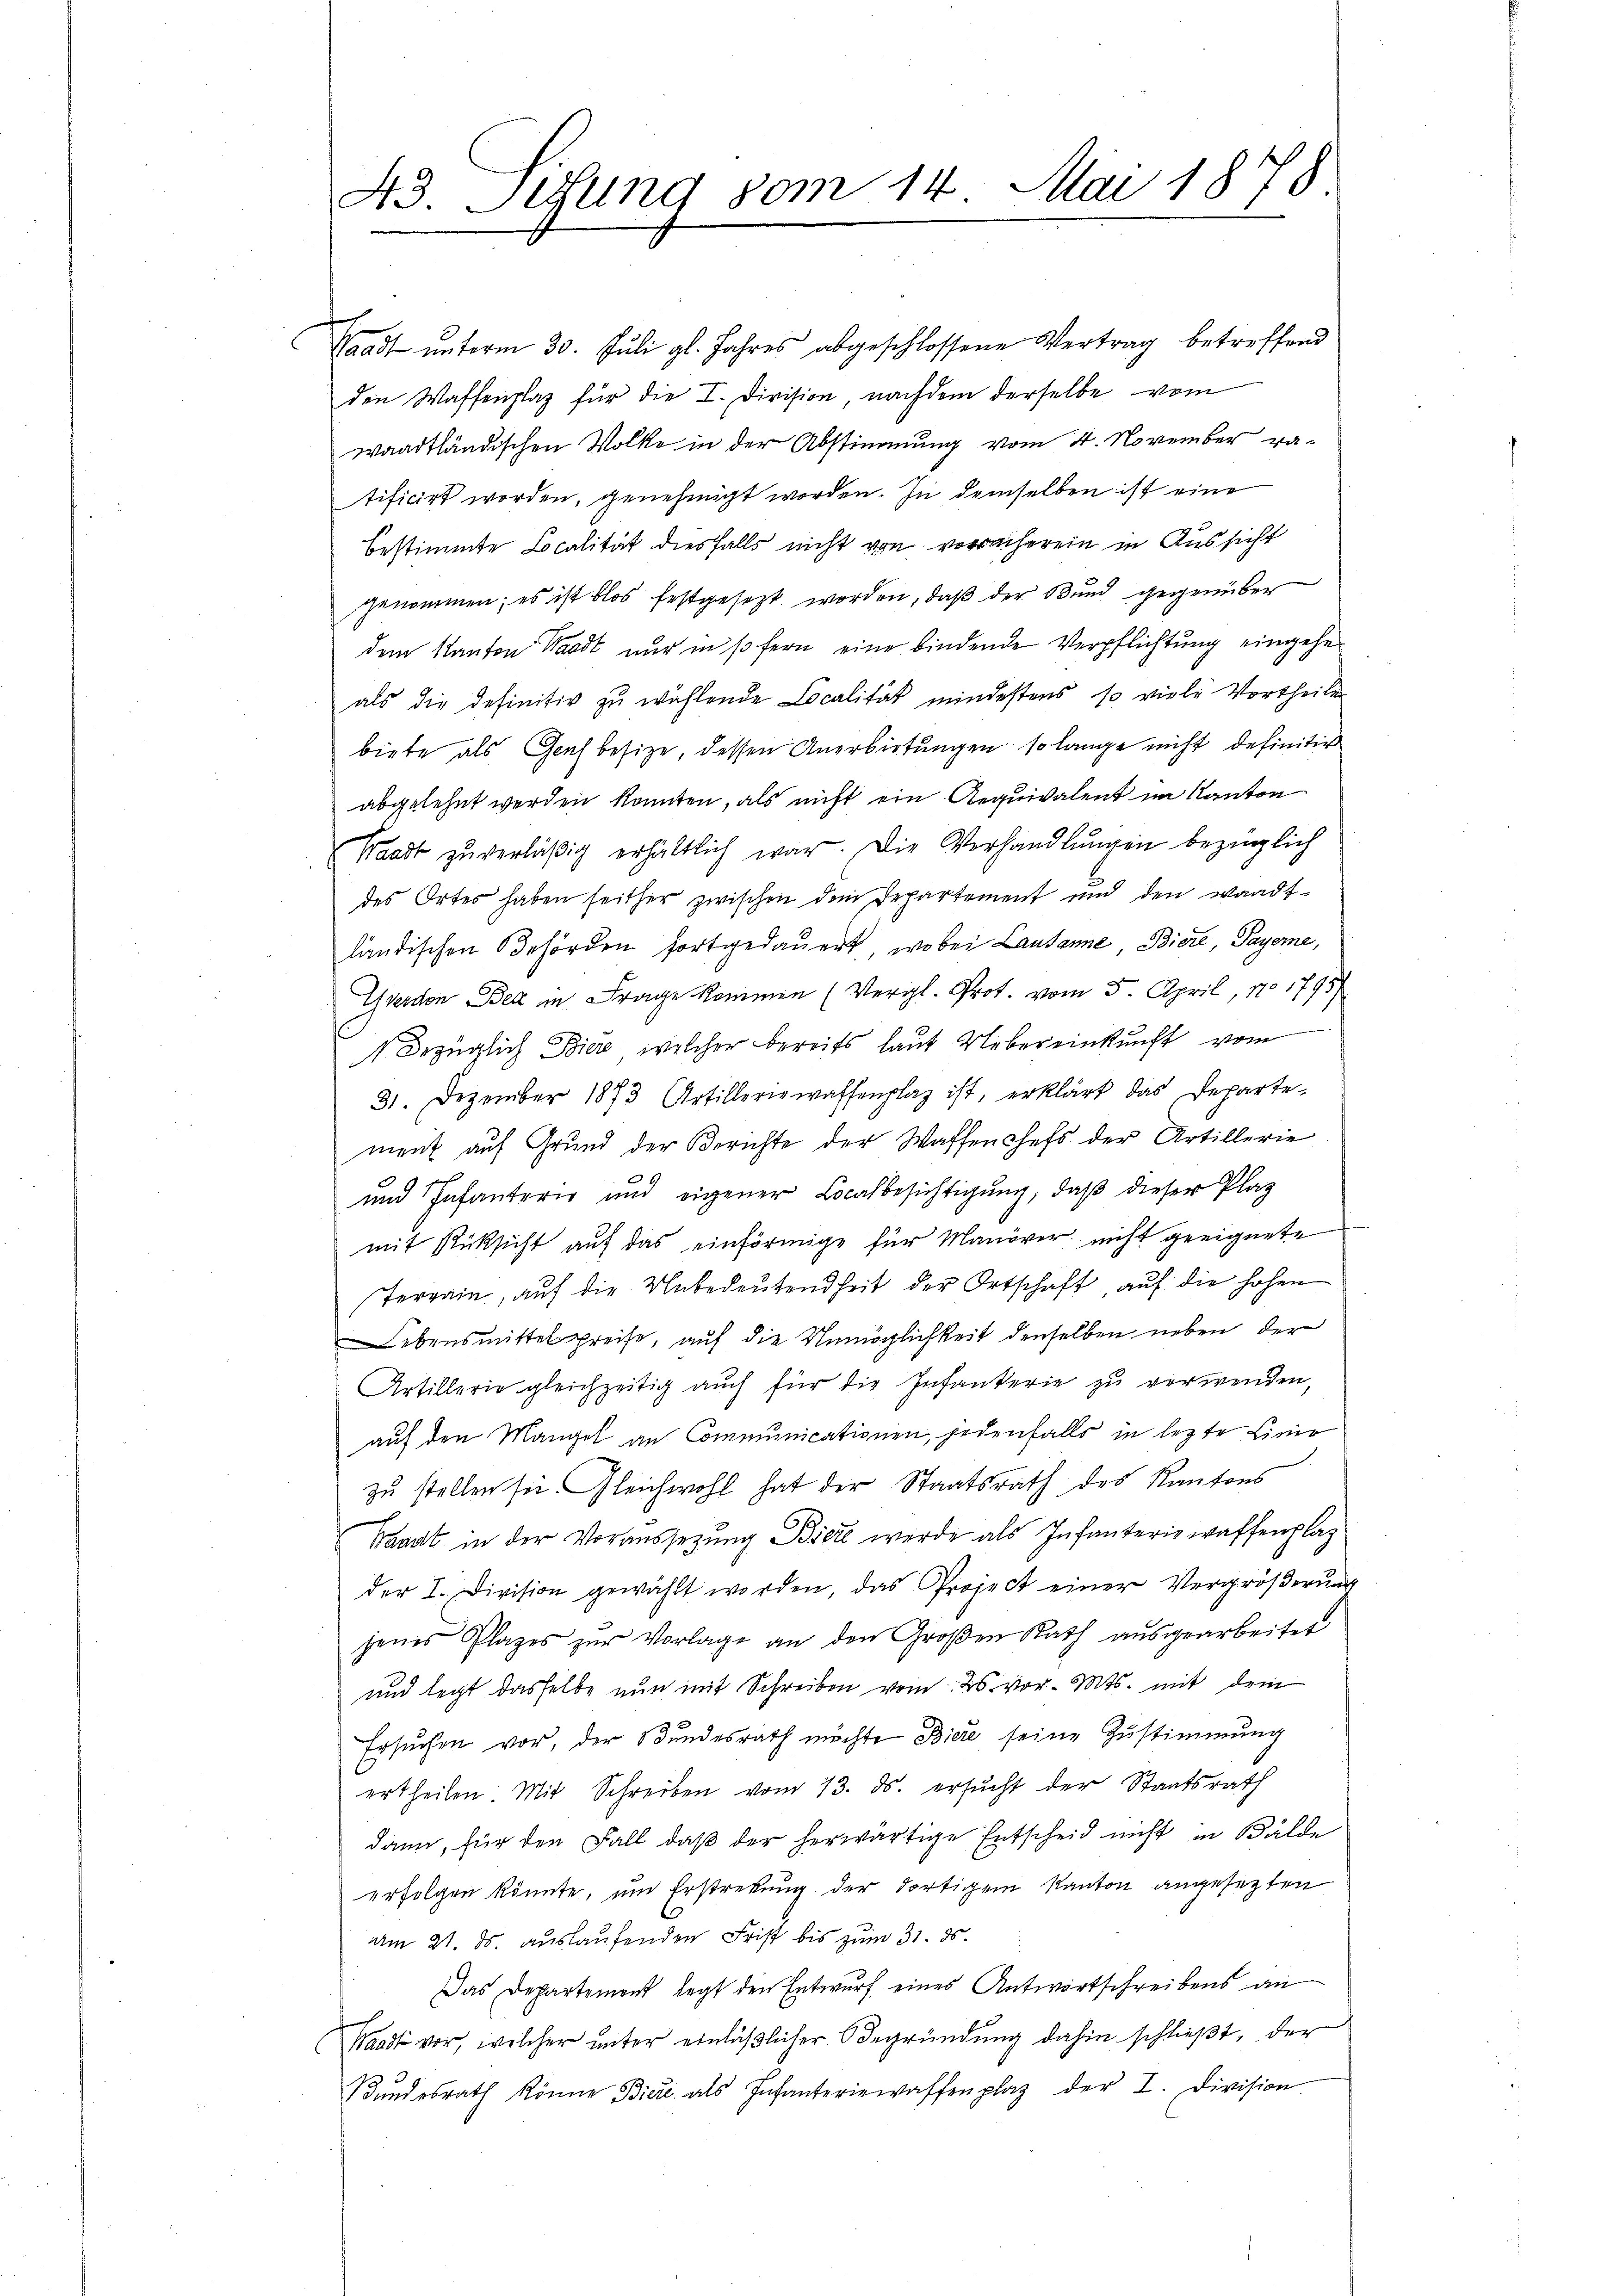
43. Lesung vom 14. Mai 1878.

Gaadt unterm 30. Juli gl. Jahres abgeschlossene Vertrag betreffend
den Waffenplaz für die I. Division nachdem derselbe vom
waadtländischen Volke in der Abstimmung vom 4. November vatificirt worden, genehmigt worden. In demselben ist eine
bestimmte Localität diesfalls nicht von vornherein in Aussicht
genommen; es ist blos festgesezt worden, daß der Bund gegenüber
dem Kanton Waadt nur in so fern eine bindende Verpflichtung eingehe
als die definitiv zŭ wählende Localität mindestens so viele Vortheile
biete als Genf besize, dessen Anerbietungen so lange nicht definitiv
abgelehnt werden konnten, als nicht ein Aequivalent im Kanton
Waadt zŭ verläβig erhältlich war. Die Verhandlŭngen bezüglich
des Ortes haben seither zwischen dem Departement und den Waadt
ländischen Behörden fortgedauert, wobei Lausanne Biere, Payerne,
Yverden Bed in Frage kommen (Vergl. Prot. vom 5. April, 170 1795
1 Bezüglich Biere, welcher bereits laut Uebereinkunft vom
31. Dezember 1873 Artilleriewaffenplaz ist, erklärt das Departe-
ment auf Grund der Berichte der Waffenchefs der Artillerie
und Infanterie und eigener Localbesichtigung, daß dieser Plaz
mit Rücksicht auf das einförmige für Manöver nicht geeignete
Terrain, auf die Unbedeutendheit der Ortschaft, auf die hohen
Lebensmittelpreise, auf die Unmöglichkeit denselben neben der
Artillerie gleichzeitig auch für die Infanterie zu verwenden,
auf den Mangel an Communicationen, jedenfalls in lezte Linie
zu stellen sei. Gleichwohl hat der Staatsrath des Kantons
Waadt in der Voraussetzung Bier werde als Infanteriewaffenplatz
der I. Division gewählt worden, das Project einer Vergrößerung
jenes Plazes zŭr Vorlage an den Großen Rath aŭsgearbeitet
und legt dasselbe nun mit Schreiben vom 26. vor. Mts. mit dem
Ersuchen vor, der Bundesrath möchte Biere seine Zustimmung
ertheilen Mit Schreiben vom 13. ds. ersŭcht der Staatsrath
dann, für den Fall, daß der herwärtige Entscheid nicht in Bälde
erfolgen könnte, um Erstreckung der dortigem Kanton angesezten
Am 21. ds. auslaufenden Frist bis zum 31. ds.
Das Departement legt den Entwurf eines Antwortschreibens an
Waadt vor, welcher unter einläßlicher Begründung dahin schließt, der
Bŭndesrath könne Bier als Infanteriewaffenplaz der I. Division